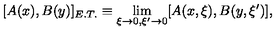
[ A ( x ) , B ( y ) ] _ { E . T . } \equiv \lim _ { \xi \to 0 , \xi ^ { \prime } \to 0 } [ A ( x , \xi ) , B ( y , \xi ^ { \prime } ) ] ,